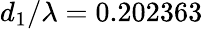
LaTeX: d_{1}/\lambda=0.202363